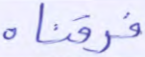
فرقناه